Lunatic asylums Central Provinces reports 1910-1926 - 1910-1926
Year: 1910
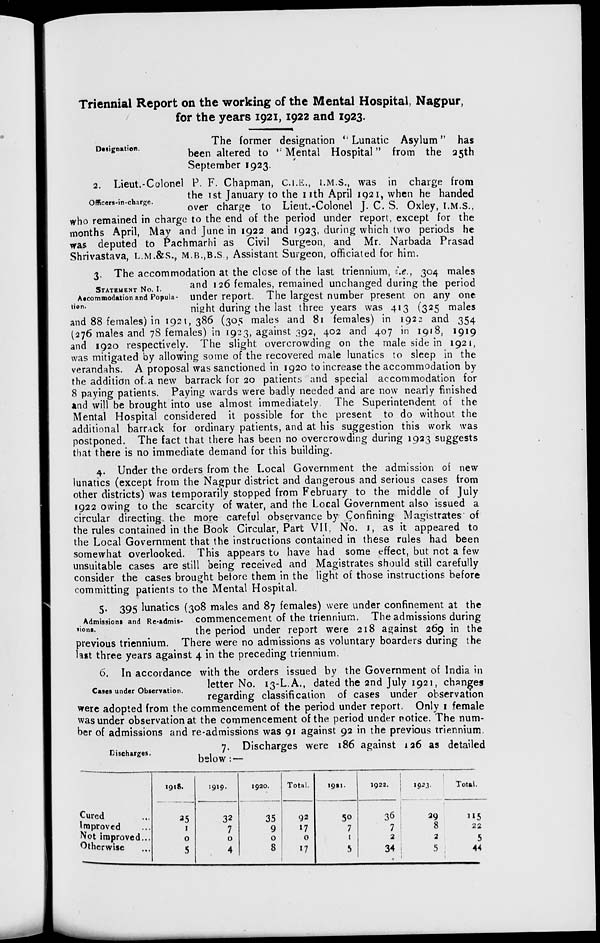
Triennial Report on the working of the Mental Hospital, Nagpur,
for the years 1921, 1922 and 1923.
Designation.
The former designation " Lunatic Asylum " has
been altered to " Mental Hospital" from the 25th
September 1923.
Officers-in-charge.
2. Lieut.-Colonel P. F. Chapman, C.I.E., I.M.S., was in charge from
the 1st January to the 11th April 1921, when he handed
over charge to Lieut.-Colonel J. C. S. Oxley, I.M.S.,
who remained in charge to the end of the period under report, except for the
months April, May and June in 1922 and 1923, during which two periods he
was deputed to Pachmarhi as Civil Surgeon, and Mr. Narbada Prasad
Shrivastava, L.M.&S., M.B.,B.S., Assistant Surgeon, officiated for him.
STATEMENT NO. I.
Accommodation and Popula-
tion.
3. The accommodation at the close of the last triennium, i.e., 304 males
and 126 females, remained unchanged during the period
under report. The largest number present on any one
night during the last three years was 413 (325 males
and 88 females) in 1921, 386 (305 males and 81 females) in 1922 and 354
(276 males and 78 females) in 1923, against 392, 402 and 407 in 1918, 1919
and 1920 respectively. The slight overcrowding on the male side in 1921,
was mitigated by allowing some of the recovered male lunatics to sleep in the
verandahs. A proposal was sanctioned in 1920 to increase the accommodation by
the addition of a new barrack for 20 patients and special accommodation for
8 paying patients. Paying wards were badly needed and are now nearly finished
and will be brought into use almost immediately. The Superintendent of the
Mental Hospital considered it possible for the present to do without the
additional barrack for ordinary patients, and at his suggestion this work was
postponed. The fact that there has been no overcrowding during 1923 suggests
that there is no immediate demand for this building.
4. Under the orders from the Local Government the admission of new
lunatics (except from the Nagpur district and dangerous and serious cases from
other districts) was temporarily stopped from February to the middle of July
1922 owing to the scarcity of water, and the Local Government also issued a
circular directing the more careful observance by Confining Magistrates of
the rules contained in the Book Circular, Part VII, No. I, as it appeared to
the Local Government that the instructions contained in these rules had been
somewhat overlooked. This appears to have had some effect, but not a few
unsuitable cases are still being received and Magistrates should still carefully
consider the cases brought before them in the light of those instructions before
committing patients to the Mental Hospital.
Admissions and Re-admis-
sions.
5. 395 lunatics (308 males and 87 females) were under confinement at the
commencement of the triennium. The admissions during
the period under report were 218 against 269 in the
previous triennium. There were no admissions as voluntary boarders during the
last three years against 4 in the preceding triennium.
Cases under Observation.
6. In accordance with the orders issued by the Government of India in
letter No. 13-L.A., dated the 2nd July 1921, changes
regarding classification of cases under observation
were adopted from the commencement of the period under report. Only 1 female
was under observation at the commencement of the period under notice. The num-
ber of admissions and re-admissions was 91 against 92 in the previous triennium.
Discharges.
7. Discharges were 186 against 126 as detailed
below: —
Cured ...
Improved ...
Not improved ...
Otherwise ...
1918.
25
1
0
5
1919.
32
7
0
4
1920.
35
9
0
8
Total.
92
17
0
17
1921.
50
7
1
5
1922.
36
7
2
34
1923.
29
8
2
5
Total.
115
22
5
44